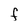
Character: F